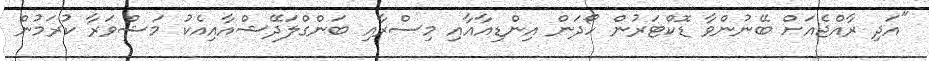
"އަދި ރާއްޖެއަށް ބޭނުންވާ ޑޮކްޓަރުން ހޯދަން އިންޑިއާއާއި މިސްރާއި ބަންގްލަދޭޝްއާއިއެކު މަޝްވަރާ ކުރަމުން